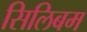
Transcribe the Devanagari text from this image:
सिलिबम